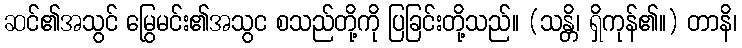
ဆင်၏အသွင် မြွေမင်း၏အသွင စသည်တို့ကို ပြခြင်းတို့သည်။ (သန္တိ၊ ရှိကုန်၏။) တာနိ၊